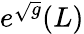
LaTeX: e^{\sqrt{g}}(L)